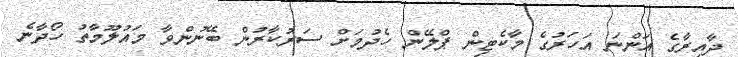
ދާއިރާގެ އަންނަ އަހަރުގެ މާކެޓިން ޕްލޭން ހެދުމަށް ސަރުކާރުން ބޭނުންވާ މައުލޫމާތު ހޯދާނެ